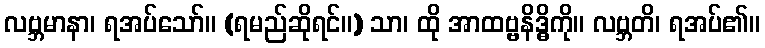
လဗ္ဘမာနာ၊ ရအပ်သော်။ (ရမည်ဆိုရင်။) သာ၊ ထို အာထဗ္ဗနိဒ္ဓိကို။ လဗ္ဘတိ၊ ရအပ်၏။